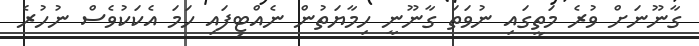
ގާނޫނަށް ވުރެ މަތީގައި ނުވަތަ ގާނޫނީ ހިމާޔަތުން ނެއްޓިފައި ހަމަ އެކަކުވެސް ނުހުރެ